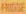
FRIDGE